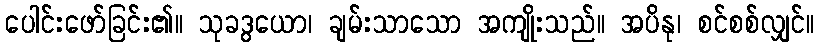
ပေါင်းဖော်ခြင်း၏။ သုခဒွယော၊ ချမ်းသာသော အကျိုးသည်။ အပိနု၊ စင်စစ်လျှင်။